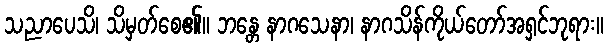
သညာပေသိ၊ သိမှတ်စေ၏။ ဘန္တေ နာဂသေနာ၊ နာဂသိန်ကိုယ်တော်အရှင်ဘုရား။